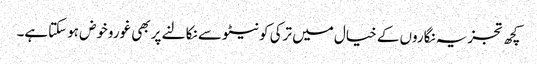
کچھ تجزیہ نگاروں کے خیال میں ترکی کو نیٹو سے نکالنے پر بھی غوروخوض ہوسکتاہے۔